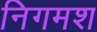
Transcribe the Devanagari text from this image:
निगमश